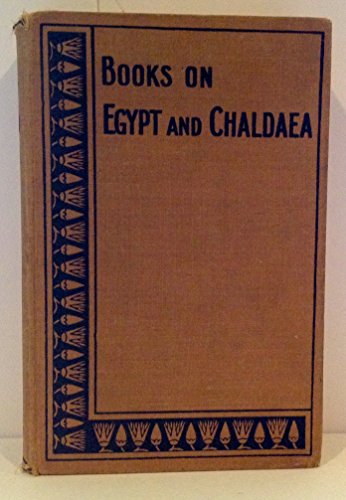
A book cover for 'THE BOOK OF THE DEAD 3 VOLS IN ONE (BOOKS ON EGYPT AND CHALDAEA) 2ND ED., REVISED AND ENLARGED, 6TH IMPRESSION'; TRANSLATOR' 'E.A. WALLIS BUDGE; Religion & Spirituality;